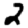
Digit: 2